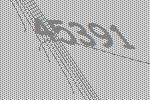
45391